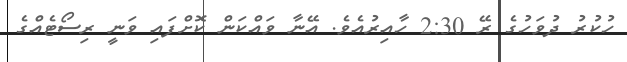
ހުކުރު ދުވަހުގެ ރޭ 2:30 ހާއިރުއެވެ. އޭނާ ވައްކަން ކޮށްފައި ވަނީ ރިސޯޓެއްގެ